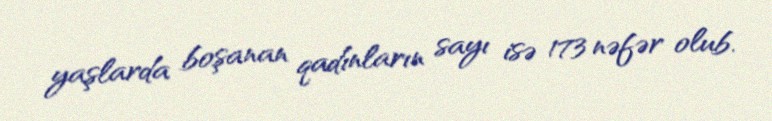
yaşlarda boşanan qadınların sayı isə 173 nəfər olub.